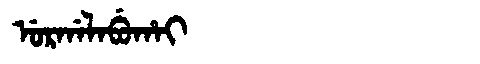
Manchu: ᡠᡵᡤᠠᠯᠠᠪᡠᡥᠠᡳ
Romanization: URGALABUHAI